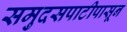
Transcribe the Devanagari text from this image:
समुदसपाटीपासून